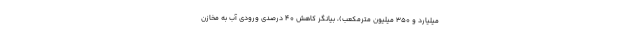
میلیارد و ۳۵۰ میلیون مترمکعب)، بیانگر کاهش ۴۰ درصدی ورودی آب به مخازن